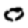
Digit: 0